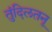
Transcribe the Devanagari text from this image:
तुंदिलतनू